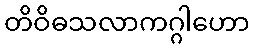
တိဝိဓသလာကဂ္ဂါဟော